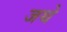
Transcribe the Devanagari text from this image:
जथे